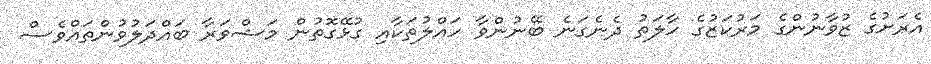
އެރަށުގެ ޒުވާނުންގެ މަރުކަޒުގެ ހާލަތު ދެނެގަނެ ބޭނުންވާ ހައްލުތަކާއި ގުޅޭގޮތުން މަޝްވަރާ ބައްދަލުވުންތައްވެސް